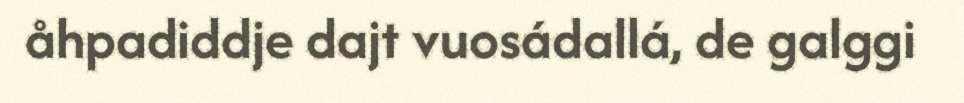
åhpadiddje dajt vuosádallá, de galggi